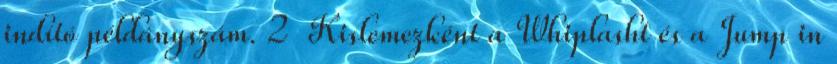
indító példányszám. 2 Kislemezként a Whiplasht és a Jump in